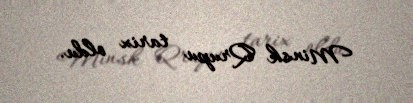
Minsk Qrupu tarix oldu.